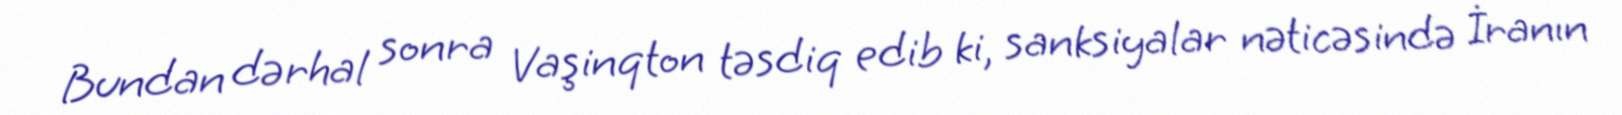
Bundan dərhal sonra Vaşinqton təsdiq edib ki, sanksiyalar nəticəsində İranın